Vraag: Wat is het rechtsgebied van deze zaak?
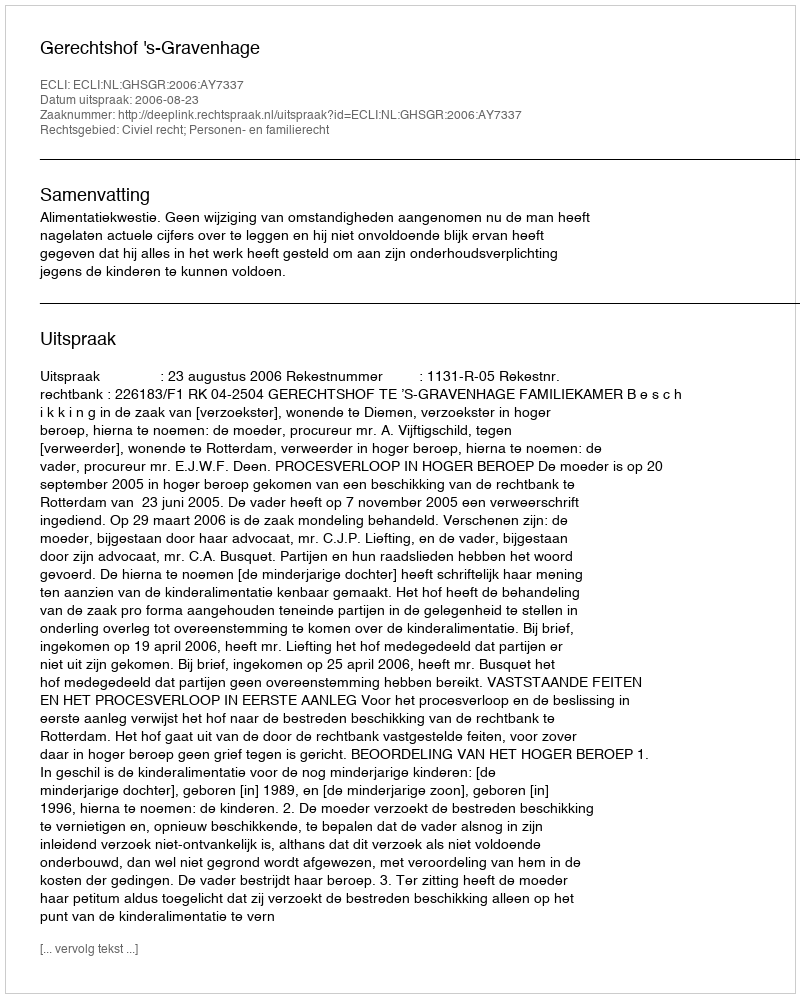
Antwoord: Civiel recht; Personen- en familierecht